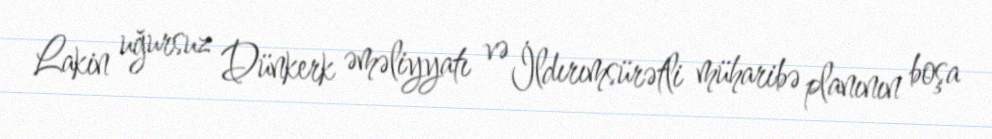
Lakin uğursuz Dünkerk əməliyyatı və İldırımsürətli müharibə planının boşa